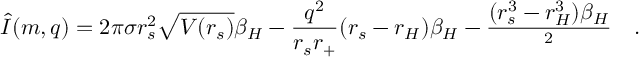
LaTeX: \hat { I } ( m , q ) = 2 \pi \sigma r _ { s } ^ { 2 } \sqrt { V ( r _ { s } ) } \beta _ { H } - \frac { q ^ { 2 } } { r _ { s } r _ { + } } ( r _ { s } - r _ { H } ) \beta _ { H } - \frac { ( r _ { s } ^ { 3 } - r _ { H } ^ { 3 } ) \beta _ { H } } { \l ^ { 2 } } \quad .